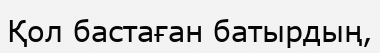
Қол бастаған батырдың,